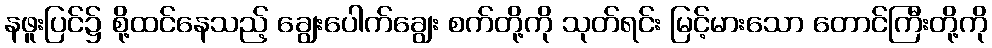
နဖူးပြင်၌ စို့ထင်နေသည့် ချွေးပေါက်ချွေး စက်တို့ကို သုတ်ရင်း မြင့်မားသော တောင်ကြီးတို့ကို